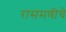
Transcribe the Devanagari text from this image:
रासमणीचे